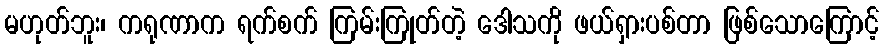
မဟုတ်ဘူး၊ ကရုဏာက ရက်စက် ကြမ်းကြုတ်တဲ့ ဒေါသကို ဖယ်ရှားပစ်တာ ဖြစ်သောကြောင့်